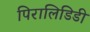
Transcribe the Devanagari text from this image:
पिरालिडिडी